Medical and sanitary report on the native army of Bombay for the year
Year: 1879
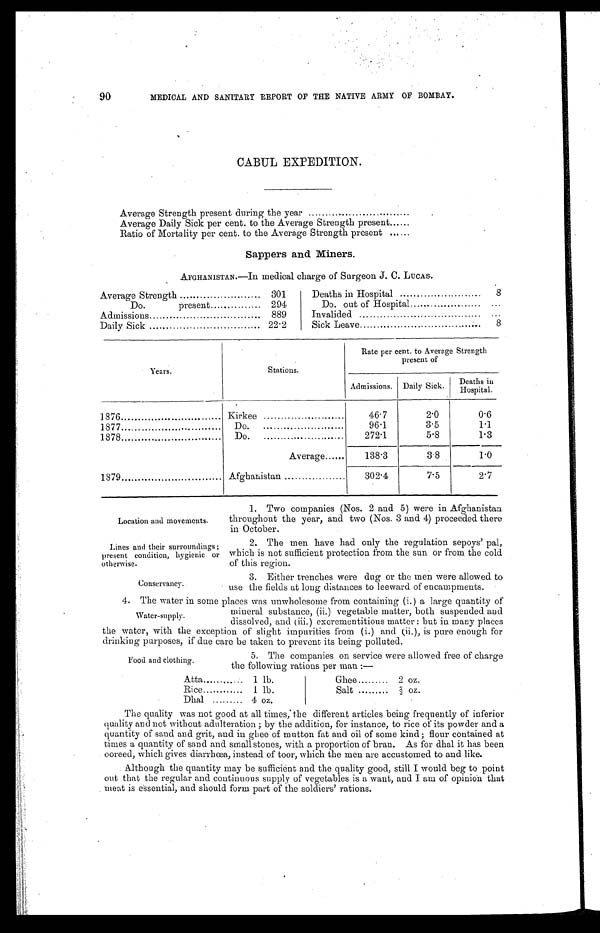
Location and movements.
Lines and their surroundings;
present condition, hygienic or
otherwise.
Conservancy.
90
MEDICAL AND SANITARY REPORT OF THE NATIVE ARMY OF BOMBAY.
CABUL EXPEDITION.
Average Strength present during the year . . .
Average Daily Sick per cent. to the Average Strength present
. . .
Ratio of Mortality per cent. to the Average Strength present . . .
Sappers and Miners.
AFGHANISTAN.—In medical charge of Surgeon J. C. LUCAS.
Average Strength . . .
301
Do. present . . .
294
889
Admissions . . .
Daily Sick . . .
22.2
Deaths in Hospital . . .
8
Do. out of Hospital . . .
. . .
Invalided . . .
. . .
Sick Leave . . .
8
Years.
Stations.
Rate per cent. to Average Strength
present of
Admissions. Daily Sick.
Deaths in
H o s p i t a l .
1876 . . .
Kirkee . . .
46.7
2.0
0.6
96.1
3.5
1.1
1877 . . .
Do. . . .
272.1
5.8
1.3
1878 . . .
Do. . . .
Average. . . .
138.3
3.8
1.0
1879 . . .
Afghanistan . . .
302.4
7.5
2.7
1. Two companies (Nos. 2 and 5) were in Afghanistan
throughout the year, and two (Nos. 3 and 4) proceeded there
in October.
2. The men have had only the regulation sepoys' pal,
which is not sufficient protection from the sun or from the cold
of this region.
3. Either trenches were dug or the men were allowed to
use the fields at long distances to leeward of encampments.
4. The water in some places was unwholesome from containing (i.) a large quantity of
mineral substance, (ii.) vegetable matter, both suspended and
dissolved, and (iii.)excrementitious matter : but in many places
the water, with the exception of slight impurities from (i.) and (ii.), is pure enough for
drinking purposes, if due care be taken to prevent its being polluted.
Water-supply.
Food and clothing.
5. The companies on service were allowed free of charge
the following rations per man :—
Atta . . .
1 lb.
Rice . . .
1 lb.
Dhal . . .
4 oz.
Ghee . . .
2 oz.
Salt . . .
2/3 oz.
The quality was not good at all times, the different articles being frequently of inferior
quality and not without adulteration; by the addition, for instance, to rice of its powder and a
quantity of sand and grit, and in ghee of mutton fat and oil of some kind; flour contained at
times a quantity of sand and small stones, with a proportion of bran. As for dhal it has been
ooreed, which gives diarrhœa, instead of toor, which the men are accustomed to and like.
Although the quantity may be sufficient and the quality good, still I would beg to point
out that the regular and continuous supply of vegetables is a want, and I am of opinion that
meat is essential, and should form part of the soldiers' rations.